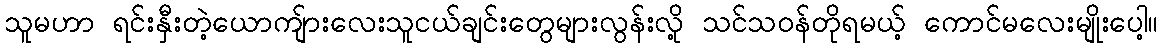
သူမဟာ ရင်းနှီးတဲ့ယောကျ်ားလေးသူငယ်ချင်းတွေများလွန်းလို့ သင်သဝန်တိုရမယ့် ကောင်မလေးမျိုးပေါ့။